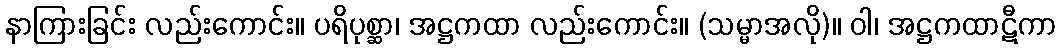
နာကြားခြင်း လည်းကောင်း။ ပရိပုစ္ဆာ၊ အဋ္ဌကထာ လည်းကောင်း။ (သမ္မာအလို)။ ဝါ၊ အဋ္ဌကထာဋီကာ